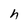
Character: h